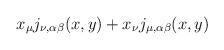
LaTeX: \begin{align*}x_{\mu}j_{\nu,\alpha\beta}(x,y) +x_{\nu}j_{\mu,\alpha\beta}(x,y)\end{align*}